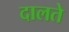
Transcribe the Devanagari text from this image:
दालते